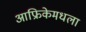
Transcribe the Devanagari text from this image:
आफ्रिकेमधला